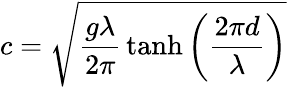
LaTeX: c={\sqrt{{\frac{g\lambda}{2\pi}}\operatorname{tanh}\left({\frac{2\pi d}{\lambda}}\right)}}